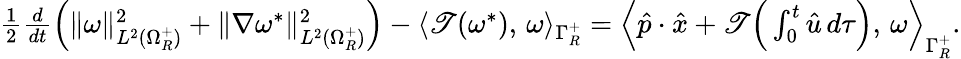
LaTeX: \begin{array}{r}{\frac{1}{2}\frac{d}{dt}\Big(\| \omega\| _{L^{2}(\Omega_{R}^{+})}^{2}+\| \nabla\omega^{*}\| _{L^{2}(\Omega_{R}^{+})}^{2}\Big)-\langle\mathscr{T}(\omega^{*}),\, \omega\rangle_{\Gamma_{R}^{+}}=\Big\langle\hat{p}\cdot\hat{x}+\mathscr{T}\Big(\int_{0}^{t}\hat{u}\, d\tau\Big),\, \omega\Big\rangle_{\Gamma_{R}^{+}}.}\end{array}